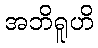
အဘိရူဟိ